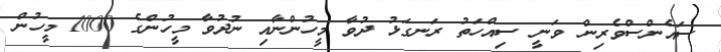
ސައެންސްވެރިން ވަނީ ސިއްހަތު ރަނގަޅު ދުވާ މީހުންނާއި ނުދުވާ މީހުންގެ 1000 މީހުން